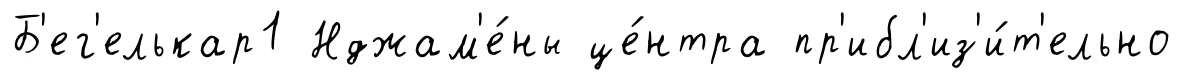
Б'ег'елькар1 Нджам'е́ны це́нтра пр'ибл'из'и́т'ельно